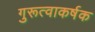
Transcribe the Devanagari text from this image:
गुरूत्वाकर्षक